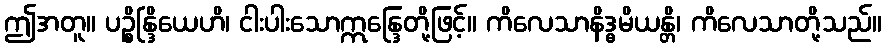
ဤအတူ။ ပဉ္စိန္ဒြိယေဟိ၊ ငါးပါးသောဣန္ဒြေတို့ဖြင့်။ ကိလေသာနိဒ္ဓမိယန္တိ၊ ကိလေသာတို့သည်။